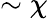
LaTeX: \sim\chi